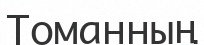
Томанның